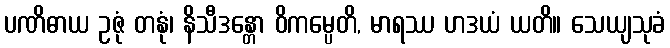
ပဏိဓာယ ဥဇုံ တနုံ၊ နိသီဒန္တော ဝိကမ္ပေတိ, မာရဿ ဟဒယံ ယတိ။ သေယျသုခံ